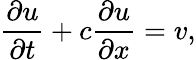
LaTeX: {\frac{\partial u}{\partial t}}+c{\frac{\partial u}{\partial x}}=v,